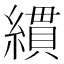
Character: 𦄻